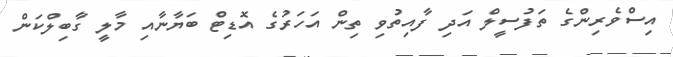
އިސްވެރިންގެ ތަފުސީލް އަދި ފާއިތުވި ތިން އަހަރުގެ އޮޑިޓް ބަޔާނާއި މާލީ ގާބިލްކަން